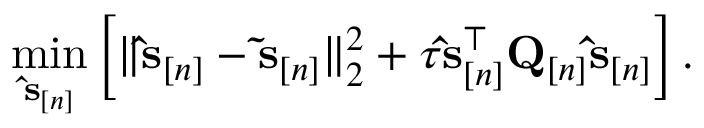
\operatorname* { m i n } _ { \ensuremath { \mathbf { \hat { s } } } _ { [ n ] } } \left[ \| \ensuremath { \mathbf { \hat { s } } } _ { [ n ] } - \ensuremath { \mathbf { \tilde { s } } } _ { [ n ] } \| _ { 2 } ^ { 2 } + \tau \ensuremath { \mathbf { \hat { s } } } _ { [ n ] } ^ { \top } \mathbf Q _ { [ n ] } \ensuremath { \mathbf { \hat { s } } } _ { [ n ] } \right] .